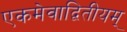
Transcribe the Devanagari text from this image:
एकमेवाद्वितीयम्‌